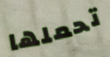
تحملها